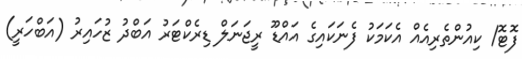
ފޮޓޮ/ ކިއުންތެރިއެއް އެކަމަކު ފެނަކައިގެ އައްޑޫ ރީޖަނަލް ޑިރެކްޓަރު އަބްދު ޒުހައިރު (އަބްހަރީ)